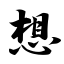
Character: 想